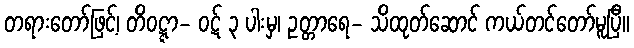
တရားတော်ဖြင့်၊ တိဝဋ္ဋာ- ဝဋ် ၃ ပါးမှ၊ ဥတ္တာရေ- သိထုတ်ဆောင် ကယ်တင်တော်မူပြီ။